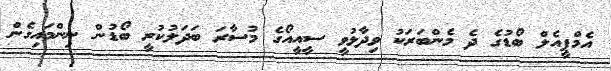
އެމްޕީއެލް ބޯޑުގެ ދެ މެންބަރަކު ވިދާޅުވީ ސީއީއޯގެ މުސާރަ ބަދަލުކުރީ ބޯޑުން ނިންމައިގެން